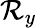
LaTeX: \mathcal{R}_{y}